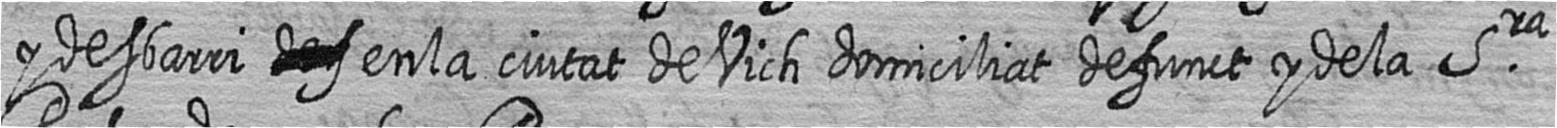
y desbarri # en la ciutat de Vich domiciliat defunct y de la Sra